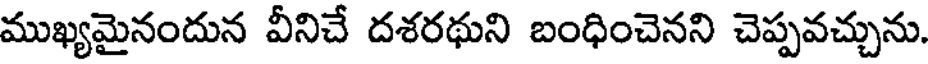
ముఖ్యమైనందున వీనిచే దశరథుని బంధించెనని చెప్పవచ్చును.